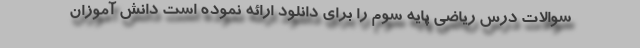
سوالات درس ریاضی پایه سوم را برای دانلود ارائه نموده است دانش آموزان